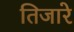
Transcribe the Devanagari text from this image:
तिजारे